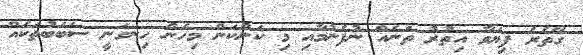
ގޭތެރެ ފިޔަވާ އިތުރު ތަނެއް ނުފެނުމާއި މި ކަންކަން މިހެން ހިނގަނީ ސަބަބުތަކެއް